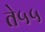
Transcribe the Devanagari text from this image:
ते५५